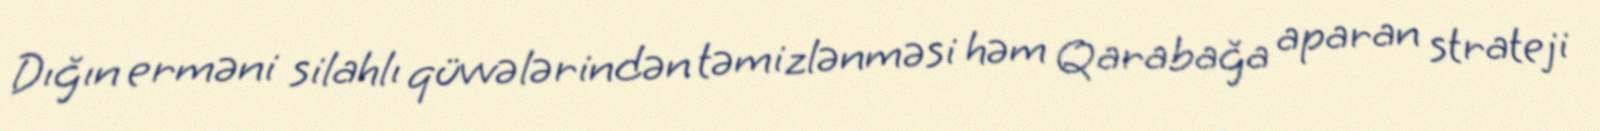
Dığın erməni silahlı qüvvələrindən təmizlənməsi həm Qarabağa aparan strateji